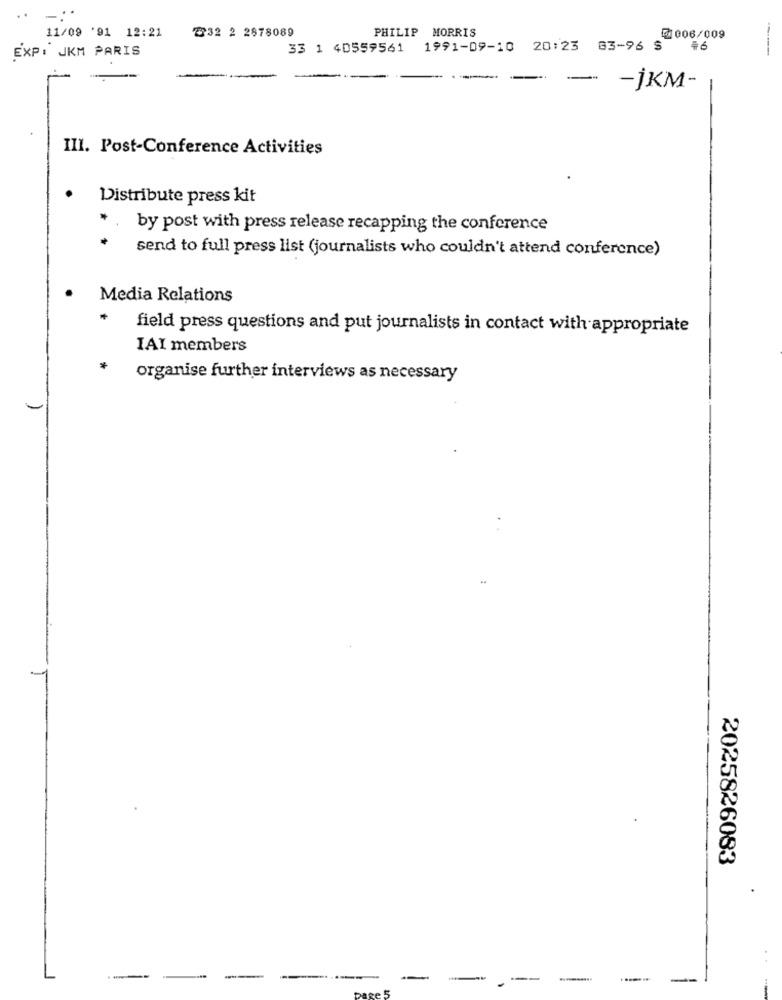
2332 2 2878089
PHILIP MORRIS
11/09 '91 12:21
0006/009
33 1 40559561
1991-09-10 20:23 63-96 $ 46
EXP: JKM PARIS
-
-
-jKM-
III. Post-Conference Activities
Distribute press kit
*
by post with press release recapping the conference
send to full press list (journalists who couldn't attend conference)
.
Media Relations
field press questions and put journalists in contact with appropriate
IAI members
organise further interviews as necessary
2025826083
-